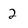
Character: 2